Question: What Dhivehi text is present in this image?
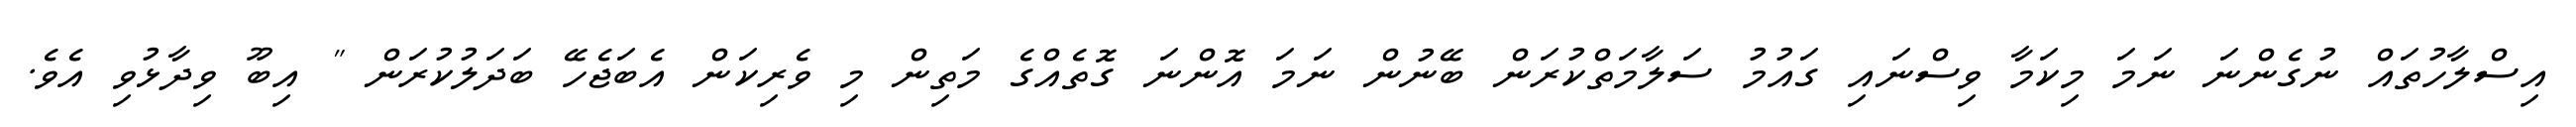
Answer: އިސްލާހުތައް ނުގެންނަ ނަމަ މިކަމާ ވިސްނައި ގައުމު ސަލާމަތްކުރަން ބޭނުން ނަމަ އޮންނަ ގޮތެއްގެ މަތިން މި ވެރިކަން އެބަޖެހޭ ބަދަލުކުރަން " އިބޫ ވިދާޅުވި އެވެ.